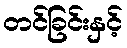
တင်ခြင်းနှင့်